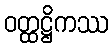
ဝတ္ထဋ္ဌိကဿ